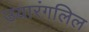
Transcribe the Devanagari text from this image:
उयारंगलिल